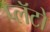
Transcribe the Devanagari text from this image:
प्लॅटो